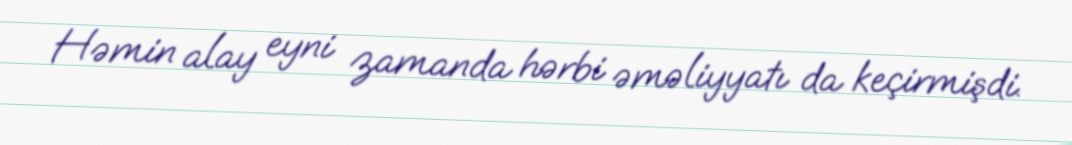
Həmin alay eyni zamanda hərbi əməliyyatı da keçirmişdi.